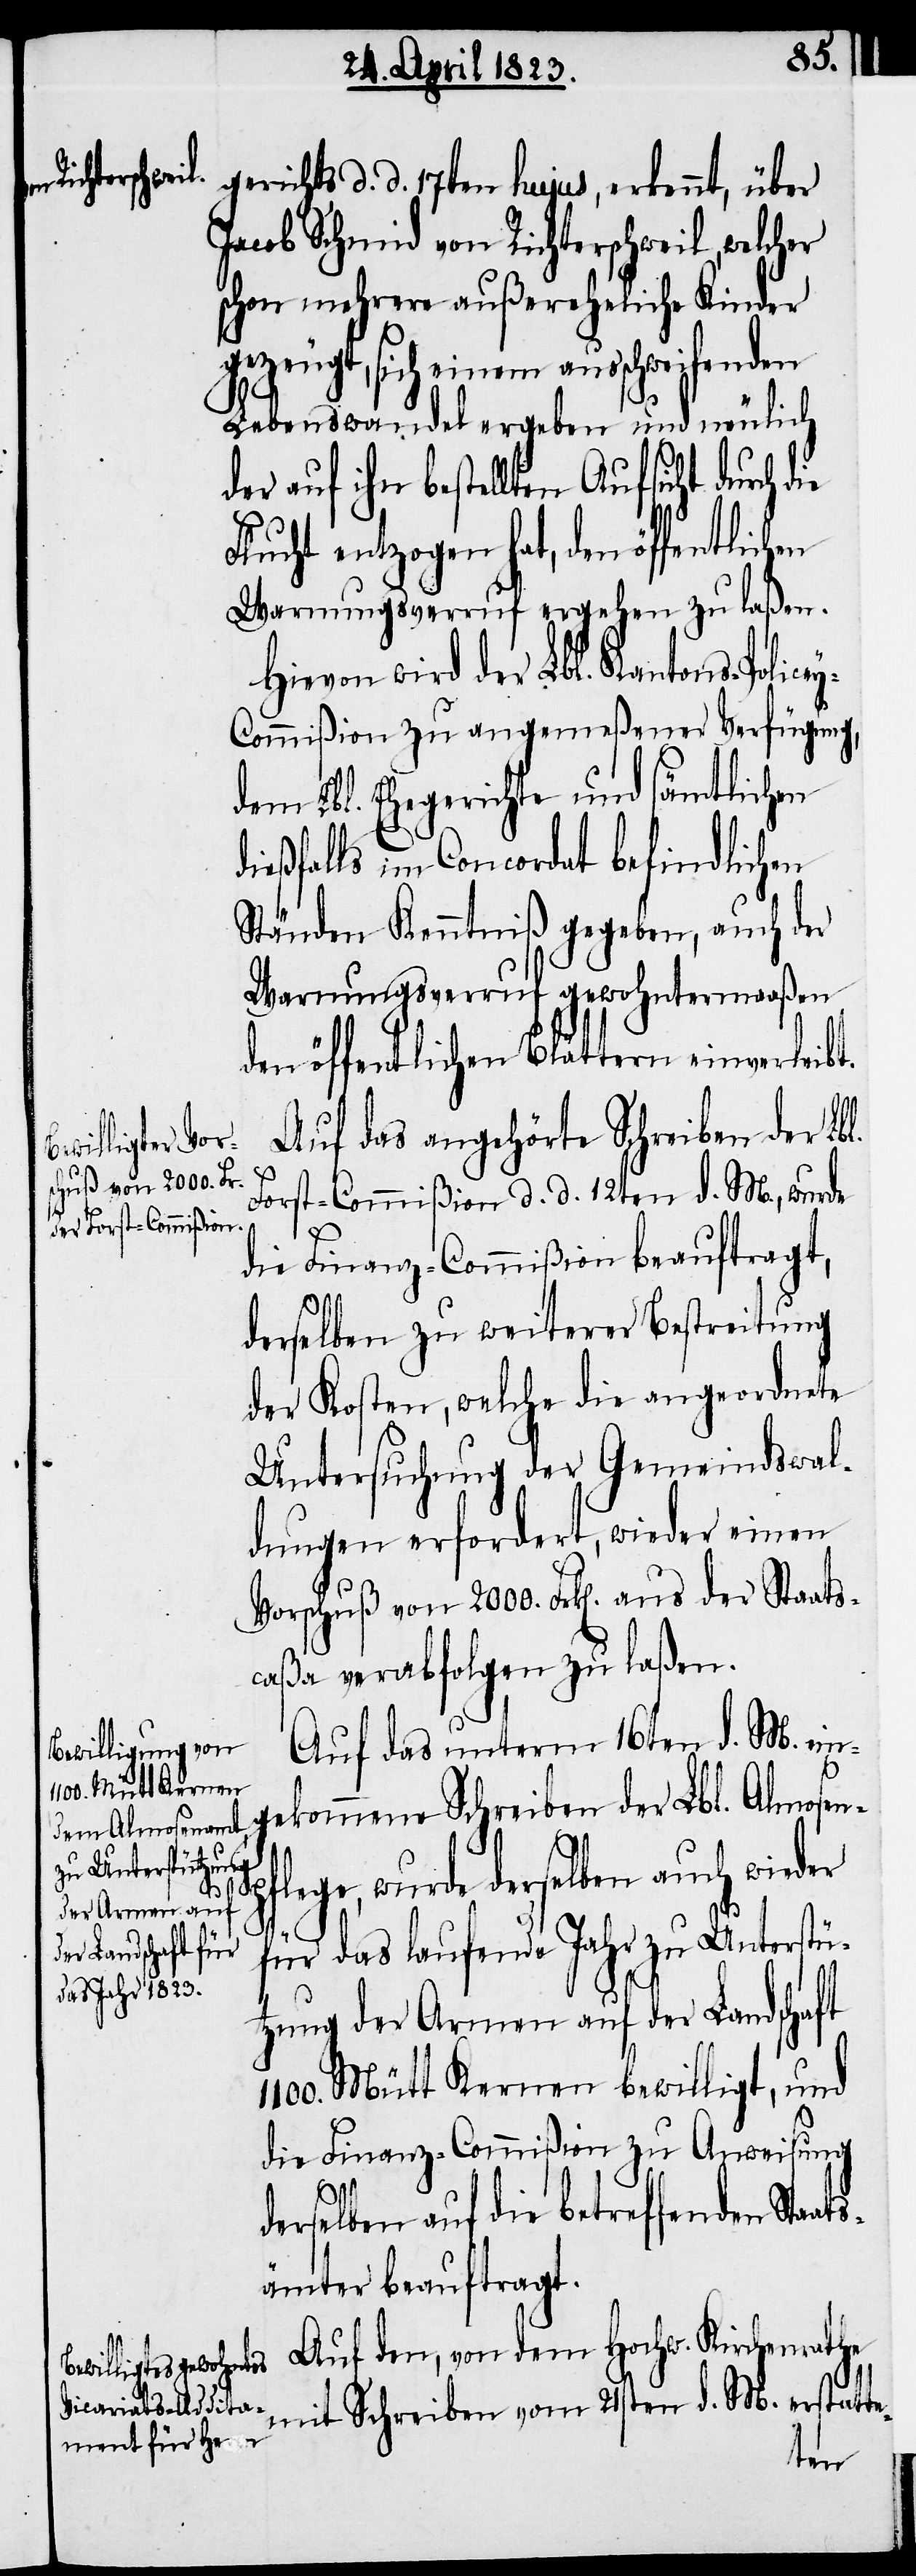
gerichts d. d. 17ten hujus, erkennt, über
Jacob Schmid von Richterschweil, welcher
schon mehrere außereheliche Kinder
gezeugt, sich einem ausschweifenden
Lebenswandel ergeben und neulich
auf ihn bestellten Aufsicht durch
Flucht entzogen hat, den öffentlichen
Warnungsverruf ergehen zu laßen.
Hievon wird der Lbl. Kantons-Police¬
y-Commißion zu angemeßener Verfügung,
dem Lbl. Ehegerichte und sämtlichen
dießfalls im Concordat befindlichen
Ständen Kenntniß gegeben, auch der
Warnungsverruf gewohntermaaßen
den öffentlichen Blättern einverleibt.
Auf das angehörte Schreiben der Lbl.
Forst-Commißion d. d. 12ten d. M., wurde
die Finanz-Commißion beauftragt,
derselben zu weiterer Bestreitung
der Kosten, welche die angeordnete
Untersuchung der Gemeindswal¬
dungen erfordert, wieder einen
Vorschuß von 2000. Frk[en]. aus der Staats¬
caßa verabfolgen zu laßen.
Auf das unterm 16ten d. M. e¬
ingekommene Schreiben der Lbl. Almosen¬
pflege, wurde derselben auch wieder
für das laufende Jahr zu Unterstüt¬
zung der Armen auf der Landschaft
1100. Mütt Kernen bewilligt, und
die Finanz-Commißion zu Anweisung
derselben auf die betreffenden Staat¬
sämter beauftragt.
Auf den, von dem Hochw. Kirchenrathe
mit Schreiben vom 21sten d. M. erstat¬
te-